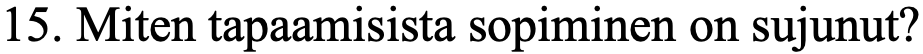
15. Miten tapaamisista sopiminen on sujunut?